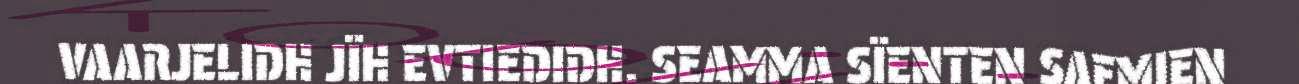
VAARJELIDH JÏH EVTIEDIDH. SEAMMA SÏENTEN SAEMIEN